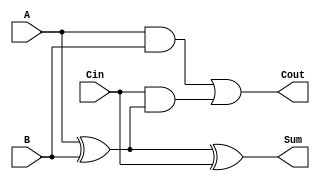
`timescale 1ns / 1ps

module Full_Adder(
    input A,
    input B,
    input Cin,
    output Sum,
    output Cout
    );
 //data flow 
 assign Sum= A^B^Cin;
 assign Cout= (A&B)| (Cin&(A^B));
endmodule